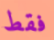
فقط